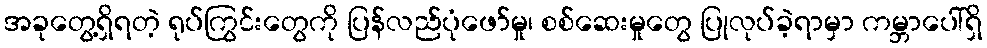
အခုတွေ့ရှိရတဲ့ ရုပ်ကြွင်းတွေကို ပြန်လည်ပုံဖော်မှု၊ စစ်ဆေးမှုတွေ ပြုလုပ်ခဲ့ရာမှာ ကမ္ဘာပေါ်ရှိ